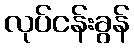
လုပ်ငန်းခွန်